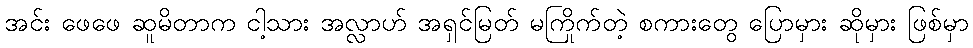
အင်း ဖေဖေ ဆူမိတာက ငါ့သား အလ္လာဟ် အရှင်မြတ် မကြိုက်တဲ့ စကားတွေ ပြောမှား ဆိုမှား ဖြစ်မှာ